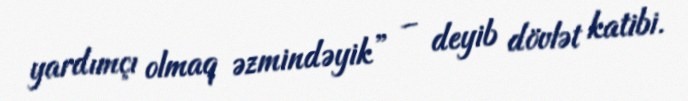
yardımçı olmaq əzmindəyik” – deyib dövlət katibi.